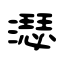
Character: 濏